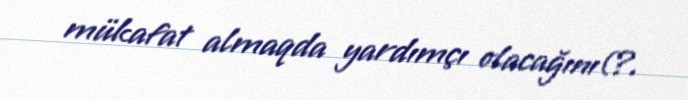
mükafat almaqda yardımçı olacağını(?.